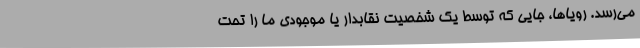
می‌رسد. رویاها، جایی که توسط یک شخصیت نقابدار یا موجودی ما را تحت